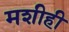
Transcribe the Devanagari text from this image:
मशीही